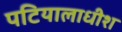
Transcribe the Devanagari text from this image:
पटियालाधीश